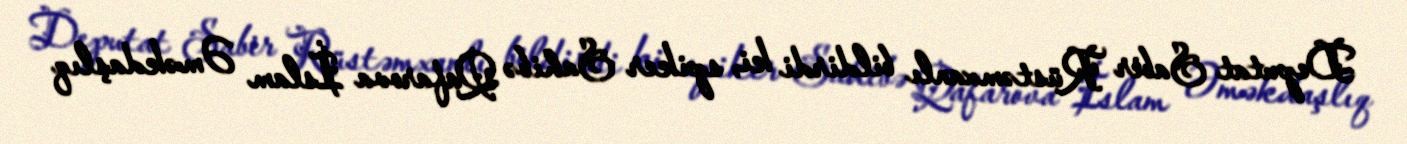
Deputat Sabir Rüstəmxanlı bildirdi ki, spiker Sahibə Qafarova İslam Əməkdaşlıq